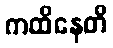
ကထိနေတိ